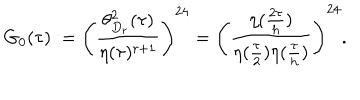
LaTeX: G _ { 0 } ( \tau ) : = \left( \frac { \theta _ { D _ { r } } ^ { 2 } ( \tau ) } { \eta ( \tau ) ^ { r + 1 } } \right) ^ { 2 4 } = \left( \frac { \eta ( \frac { 2 \tau } { h } ) } { \eta ( \frac { \tau } { 2 } ) \eta ( \frac { \tau } { h } ) } \right) ^ { 2 4 } .